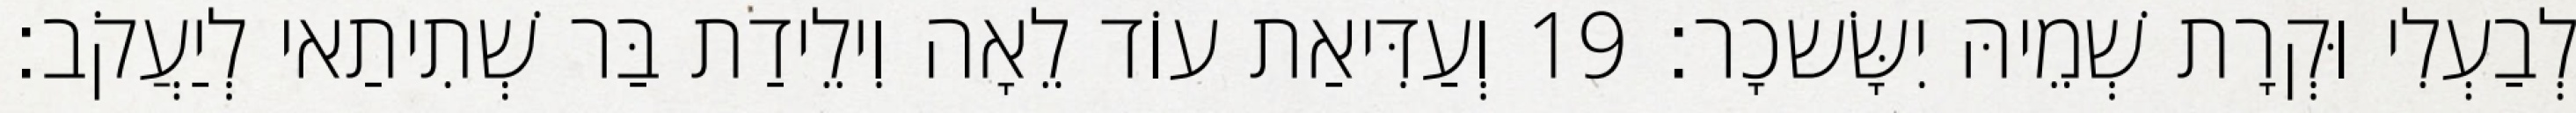
לְבַעְלִי וּקְרָת שְׁמֵיהּ יִשָּׂשכָר׃ 19 וְעַדִּיאַת עוֹד לֵאָה וִילֵידַת בַּר שְׁתִיתַאי לְיַעֲקֹב׃